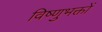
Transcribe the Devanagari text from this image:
विष्णुभक्तों